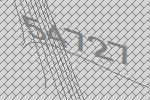
54727